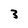
Character: 3